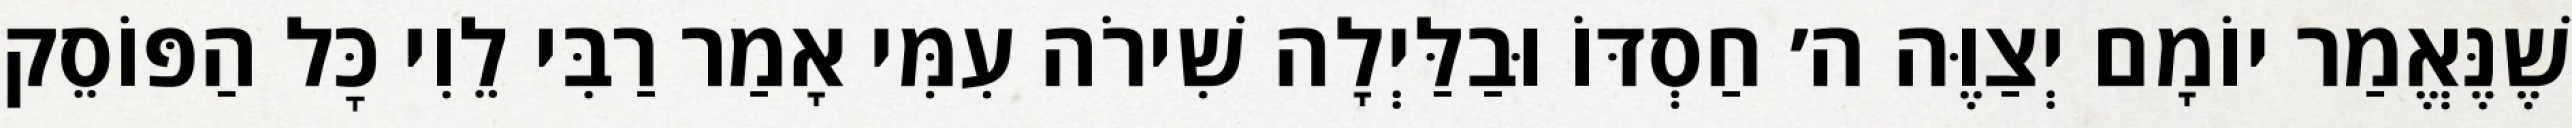
שֶׁנֶּאֱמַר יוֹמָם יְצַוֶּה ה׳ חַסְדּוֹ וּבַלַּיְלָה שִׁירֹה עִמִּי אָמַר רַבִּי לֵוִי כׇּל הַפּוֹסֵק